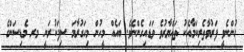
ހުންނެވީ ފަރުވާތެރިކަމާއެކު ތައްޔާރުވެ ވަޑައިގެންނެވެ. ބައެއް މީހުން މިހަގުރާމަ ސިފަކުރަނީ މރ މެޑިސަންގެ